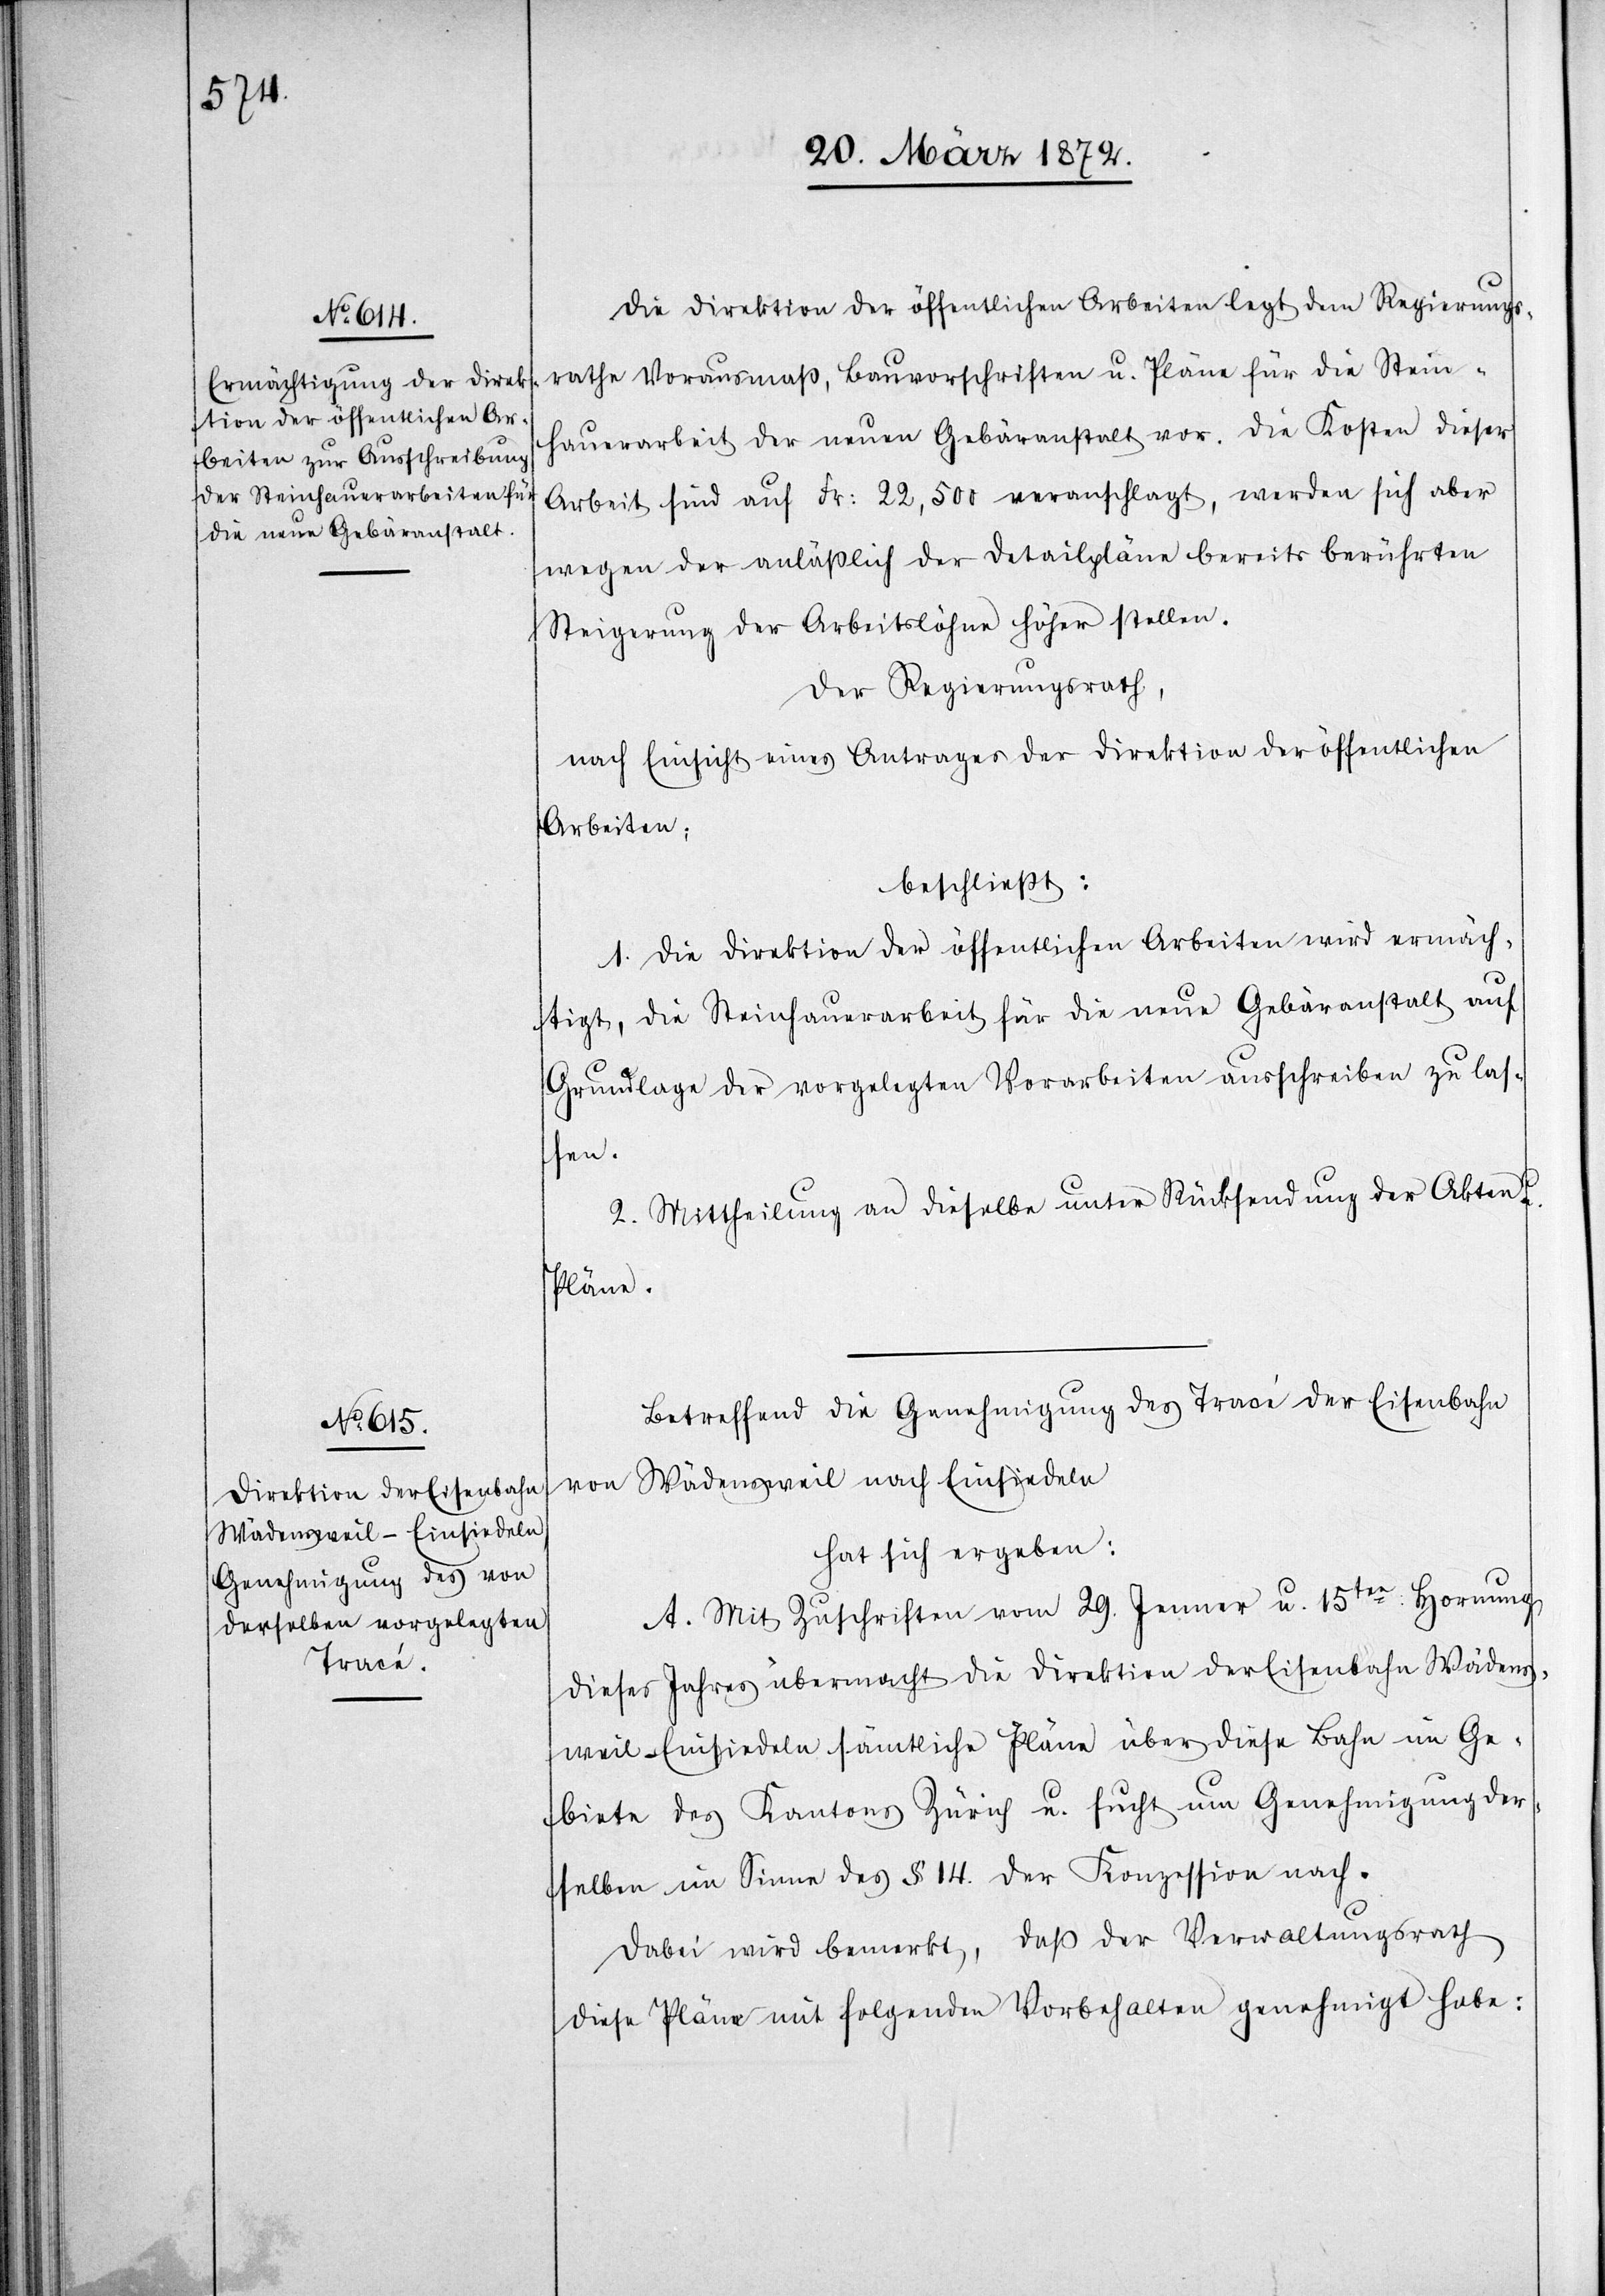
Die Direktion der öffentlichen Arbeiten legt dem Regierungs¬
rathe Vorausmaß, Bauvorschriften u. Pläne für die Stein¬
hauerarbeit der neuen Gebäranstalt vor. Die Kosten dieser
Arbeit sind auf Fr: 22,500 veranschlagt, werden sich aber
wegen der anläßlich der Detailpläne bereits berührten
Steigerung der Arbeitslöhne höher stellen.
Der Regierungsrath,
nach Einsicht eines Antrages der Direktion der öffentlichen
Arbeiten,
beschließt:
1. Die Direktion der öffentlichen Arbeiten wird ermäch¬
tigt, die Steinhauerarbeit für die neue Gebäranstalt auf
Grundlage der vorgelegten Vorarbeiten ausschreiben zu las¬
sen.
2. Mittheilung an dieselbe unter Rücksendung der Akten u.
Pläne.
Betreffend die Genehmigung des Tracé der Eisenbahn
Wädensweil nach Einsiedeln
hat sich ergeben:
A. Mit Zuschriften vom 29. Jenner u. 15ten: Hornung
dieses Jahres übermacht die Direktion der Eisenbahn Wädens¬
weil–Einsiedeln sämtliche Pläne über diese Bahn im Ge¬
biete des Kantons Zürich u. sucht um Genehmigung der¬
selben im Sinne des § 14. der Konzession nach.
Dabei wird bemerkt, daß der Verwaltungsrath
diese Pläne mit folgenden Vorbehalten genehmigt habe: